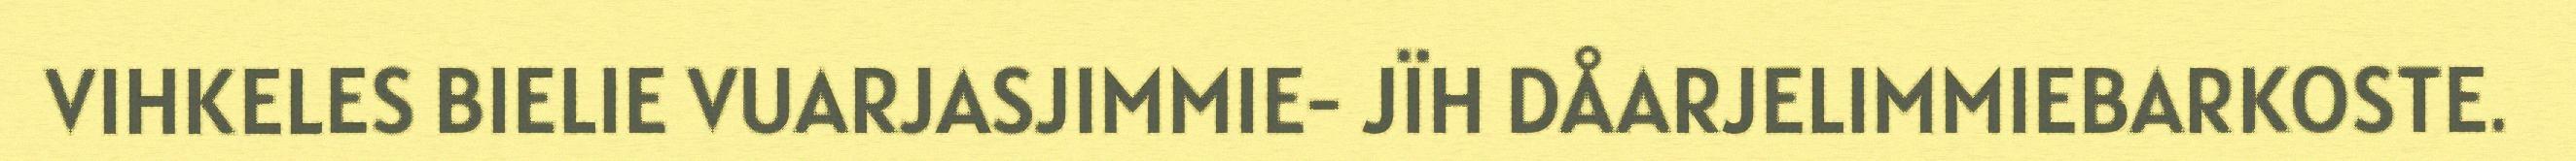
VIHKELES BIELIE VUARJASJIMMIE- JÏH DÅARJELIMMIEBARKOSTE.